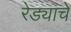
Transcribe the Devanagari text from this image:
रेड्याचे